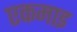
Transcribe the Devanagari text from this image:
एकमाइ